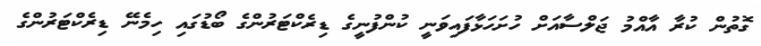
ގޮތުން ކުރާ އާއްމު ޖަލްސާއަށް ހުށަހަޅާފައިވަނީ ކުންފުނީގެ ޑިރެކްޓަރުންގެ ބޯޑުގައި ހިމެނޭ ޑިރެކްޓަރުންގެ